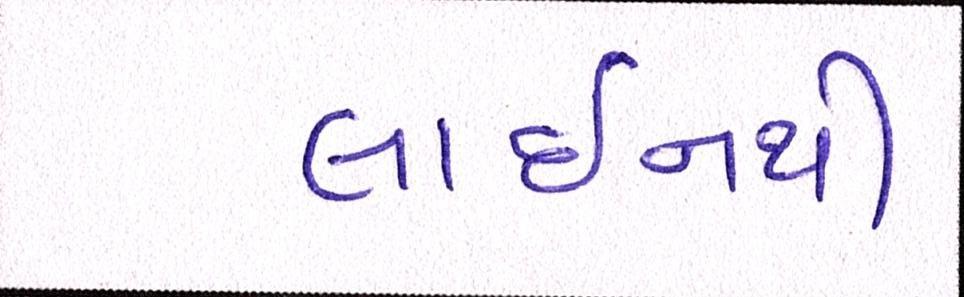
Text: લાઈનથી